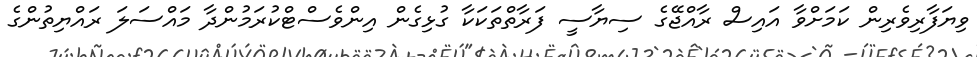
ވިޔަފާރިވެރިން ކަމަށްވާ އައިސް ރާއްޖޭގެ ސިޔާސީ ފަރާތްތަކަކާ ގުޅިގެން އިންވެސްޓްކުރަމުންދާ މައްސަލަ ރައްޔިތުންގެ